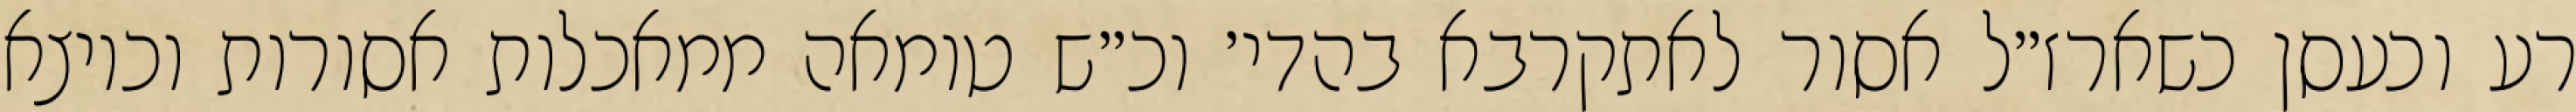
רע וכעסן כשארז״ל אסור לאתקרבא בהדי׳ וכ״ש טומאה ממאכלות אסורות וכיוצא